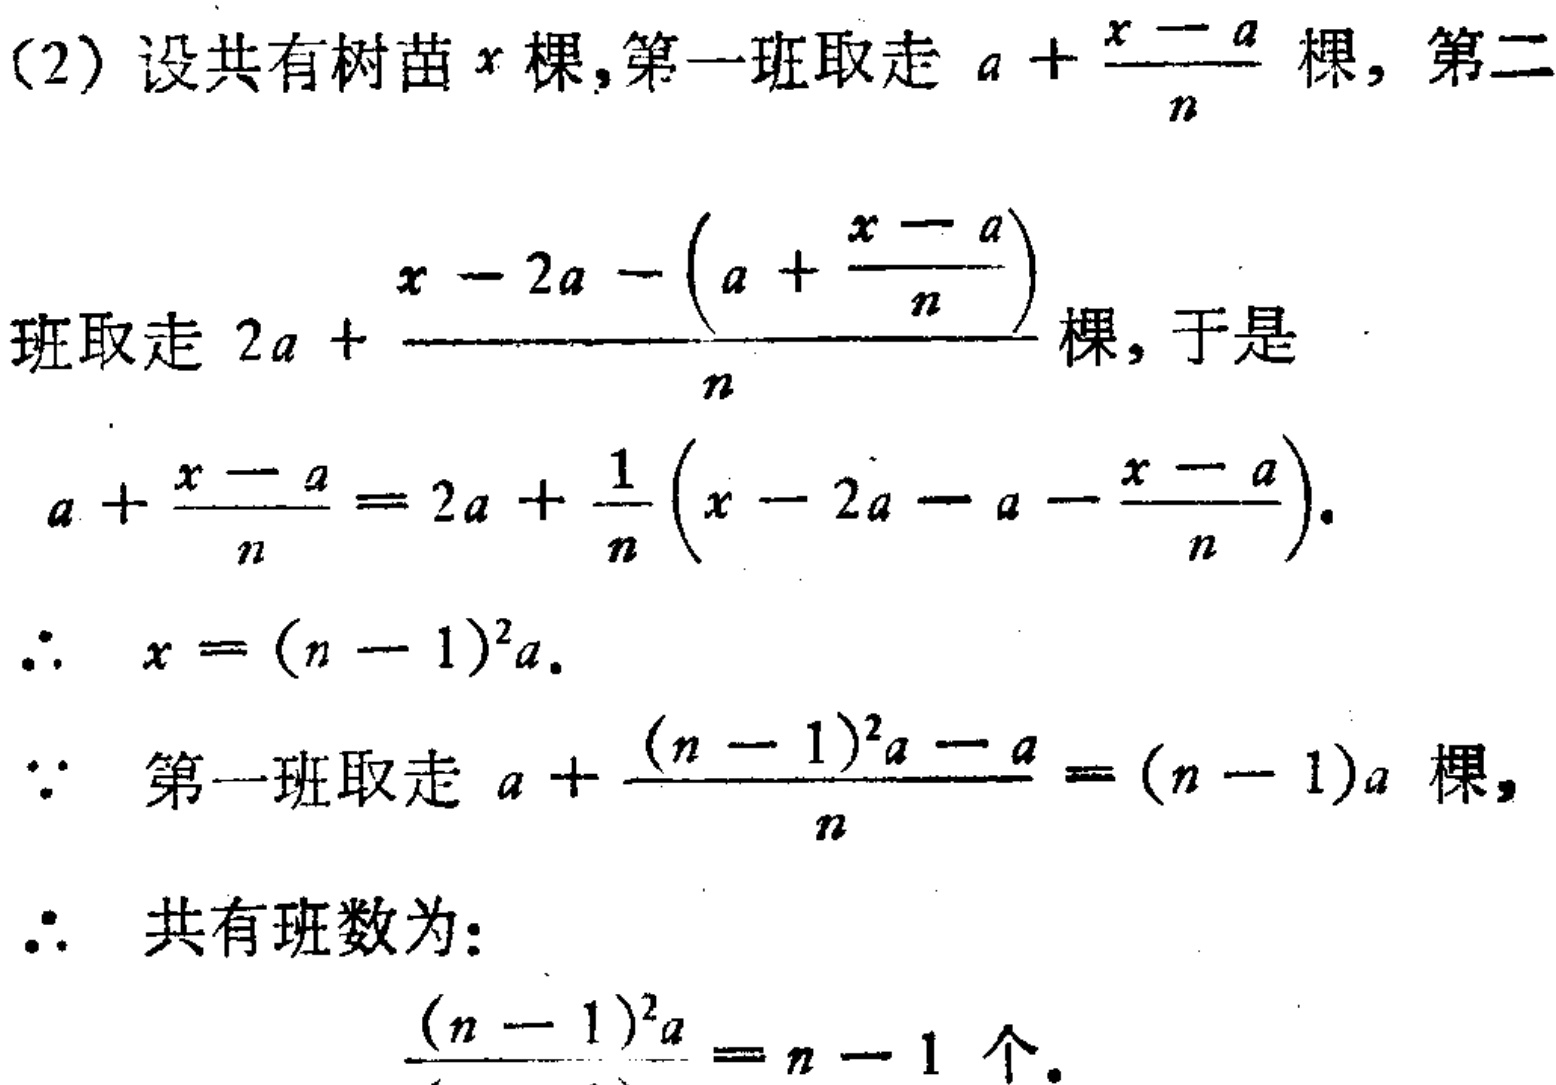
(2) 设共有树苗\(x\)棵,第一班取走\(a + \frac{x - a}{n}\)棵, 第二
班取走\(2a + \frac{x - 2a - (a + \frac{x - a}{n})}{n}\)棵, 于是
\[
a + \frac{x - a}{n} = 2a + \frac{1}{n} \left(x - 2a - a - \frac{x - a}{n}\right).
\]
\(\therefore\) \(x = (n - 1)^2a\).
\(\because\) 第一班取走 \(a + \frac{(n - 1)^2a - a}{n} = (n - 1)a\) 棵,
\(\therefore\) 共有班数为:
\[
\frac{(n - 1)^2a}{(n - 1)a} = n - 1 \text{ 个}.
\]